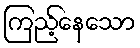
ကြည့်နေသော